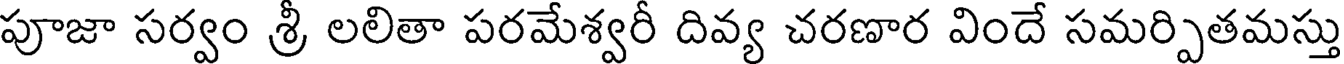
పూజా సర్వం శ్రీ లలితా పరమేశ్వరీ దివ్య చరణార విందే సమర్పితమస్తు